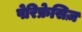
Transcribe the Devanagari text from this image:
पेरिफ्रेसिज़